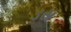
ડસ